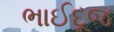
ભાઈદૂજ